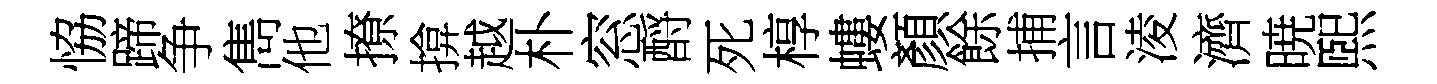
恊蹄争雋他撩揜越朴窓酹死椁螻顏餘捕言淩濟暁煕